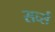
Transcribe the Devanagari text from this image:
सर्व्स